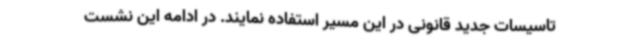
تاسیسات جدید قانونی در این مسیر استفاده نمایند. در ادامه این نشست